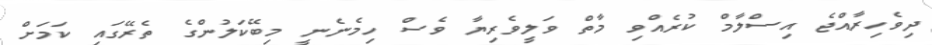
ދިވެހިރާއްޖެ އިސްލާމް ކުރެއްވި މާތް ވަލީވެރިޔާ ވެސް ހިމެނެނީ މިބޭކަލުންގެ ތެރޭގައި ކަމަށް